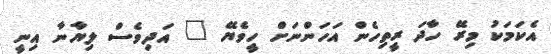
އެކަމަކު މިރޭ ހާދަ ރީތިހެން އަހަންނަށް ހީވެޔޭ " އަދިވެސް ލިޔާނާ އިނީ